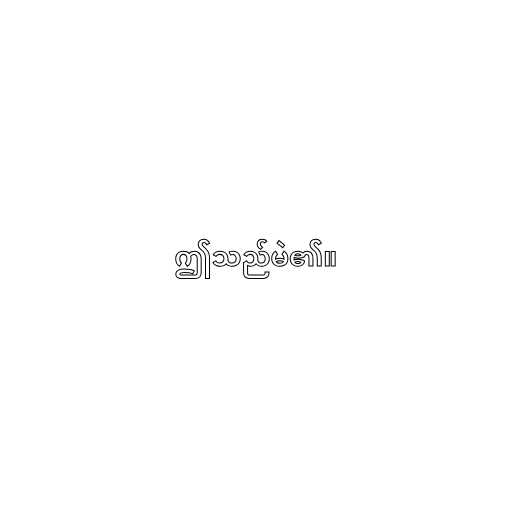
ဤသည်မဲ၏။